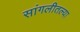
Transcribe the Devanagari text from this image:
सांगलीतल्या